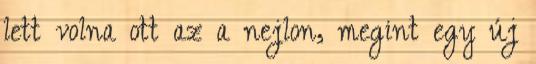
lett volna ott az a nejlon, megint egy új